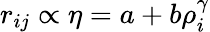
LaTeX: \begin{array}{r}{r_{ij}\propto\eta=a+b\rho_{i}^{\gamma}}\end{array}